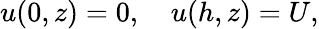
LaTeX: u(0,z)=0,\quad u(h,z)=U,